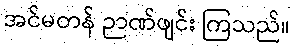
အင်မတန် ဉာဏ်ဖျင်း ကြသည်။